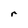
Character: r